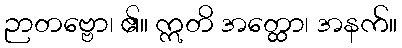
ဉာတဗ္ဗော၊ ၏။ ဣတိ အတ္ထော၊ အနက်။